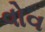
વોવ